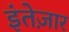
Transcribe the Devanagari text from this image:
इंतेज़ार